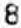
8